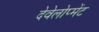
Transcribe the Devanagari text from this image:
देवेलोप्मेंट